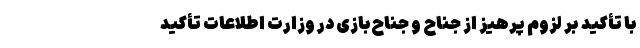
با تأکید بر لزوم پرهیز از جناح و جناح‌بازی در وزارت اطلاعات تأکید